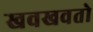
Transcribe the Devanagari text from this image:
खवखवतो